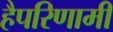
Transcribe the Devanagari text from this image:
हैपरिणामी